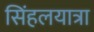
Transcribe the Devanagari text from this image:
सिंहलयात्रा